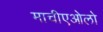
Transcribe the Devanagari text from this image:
माचीएओलो